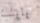
وابنك